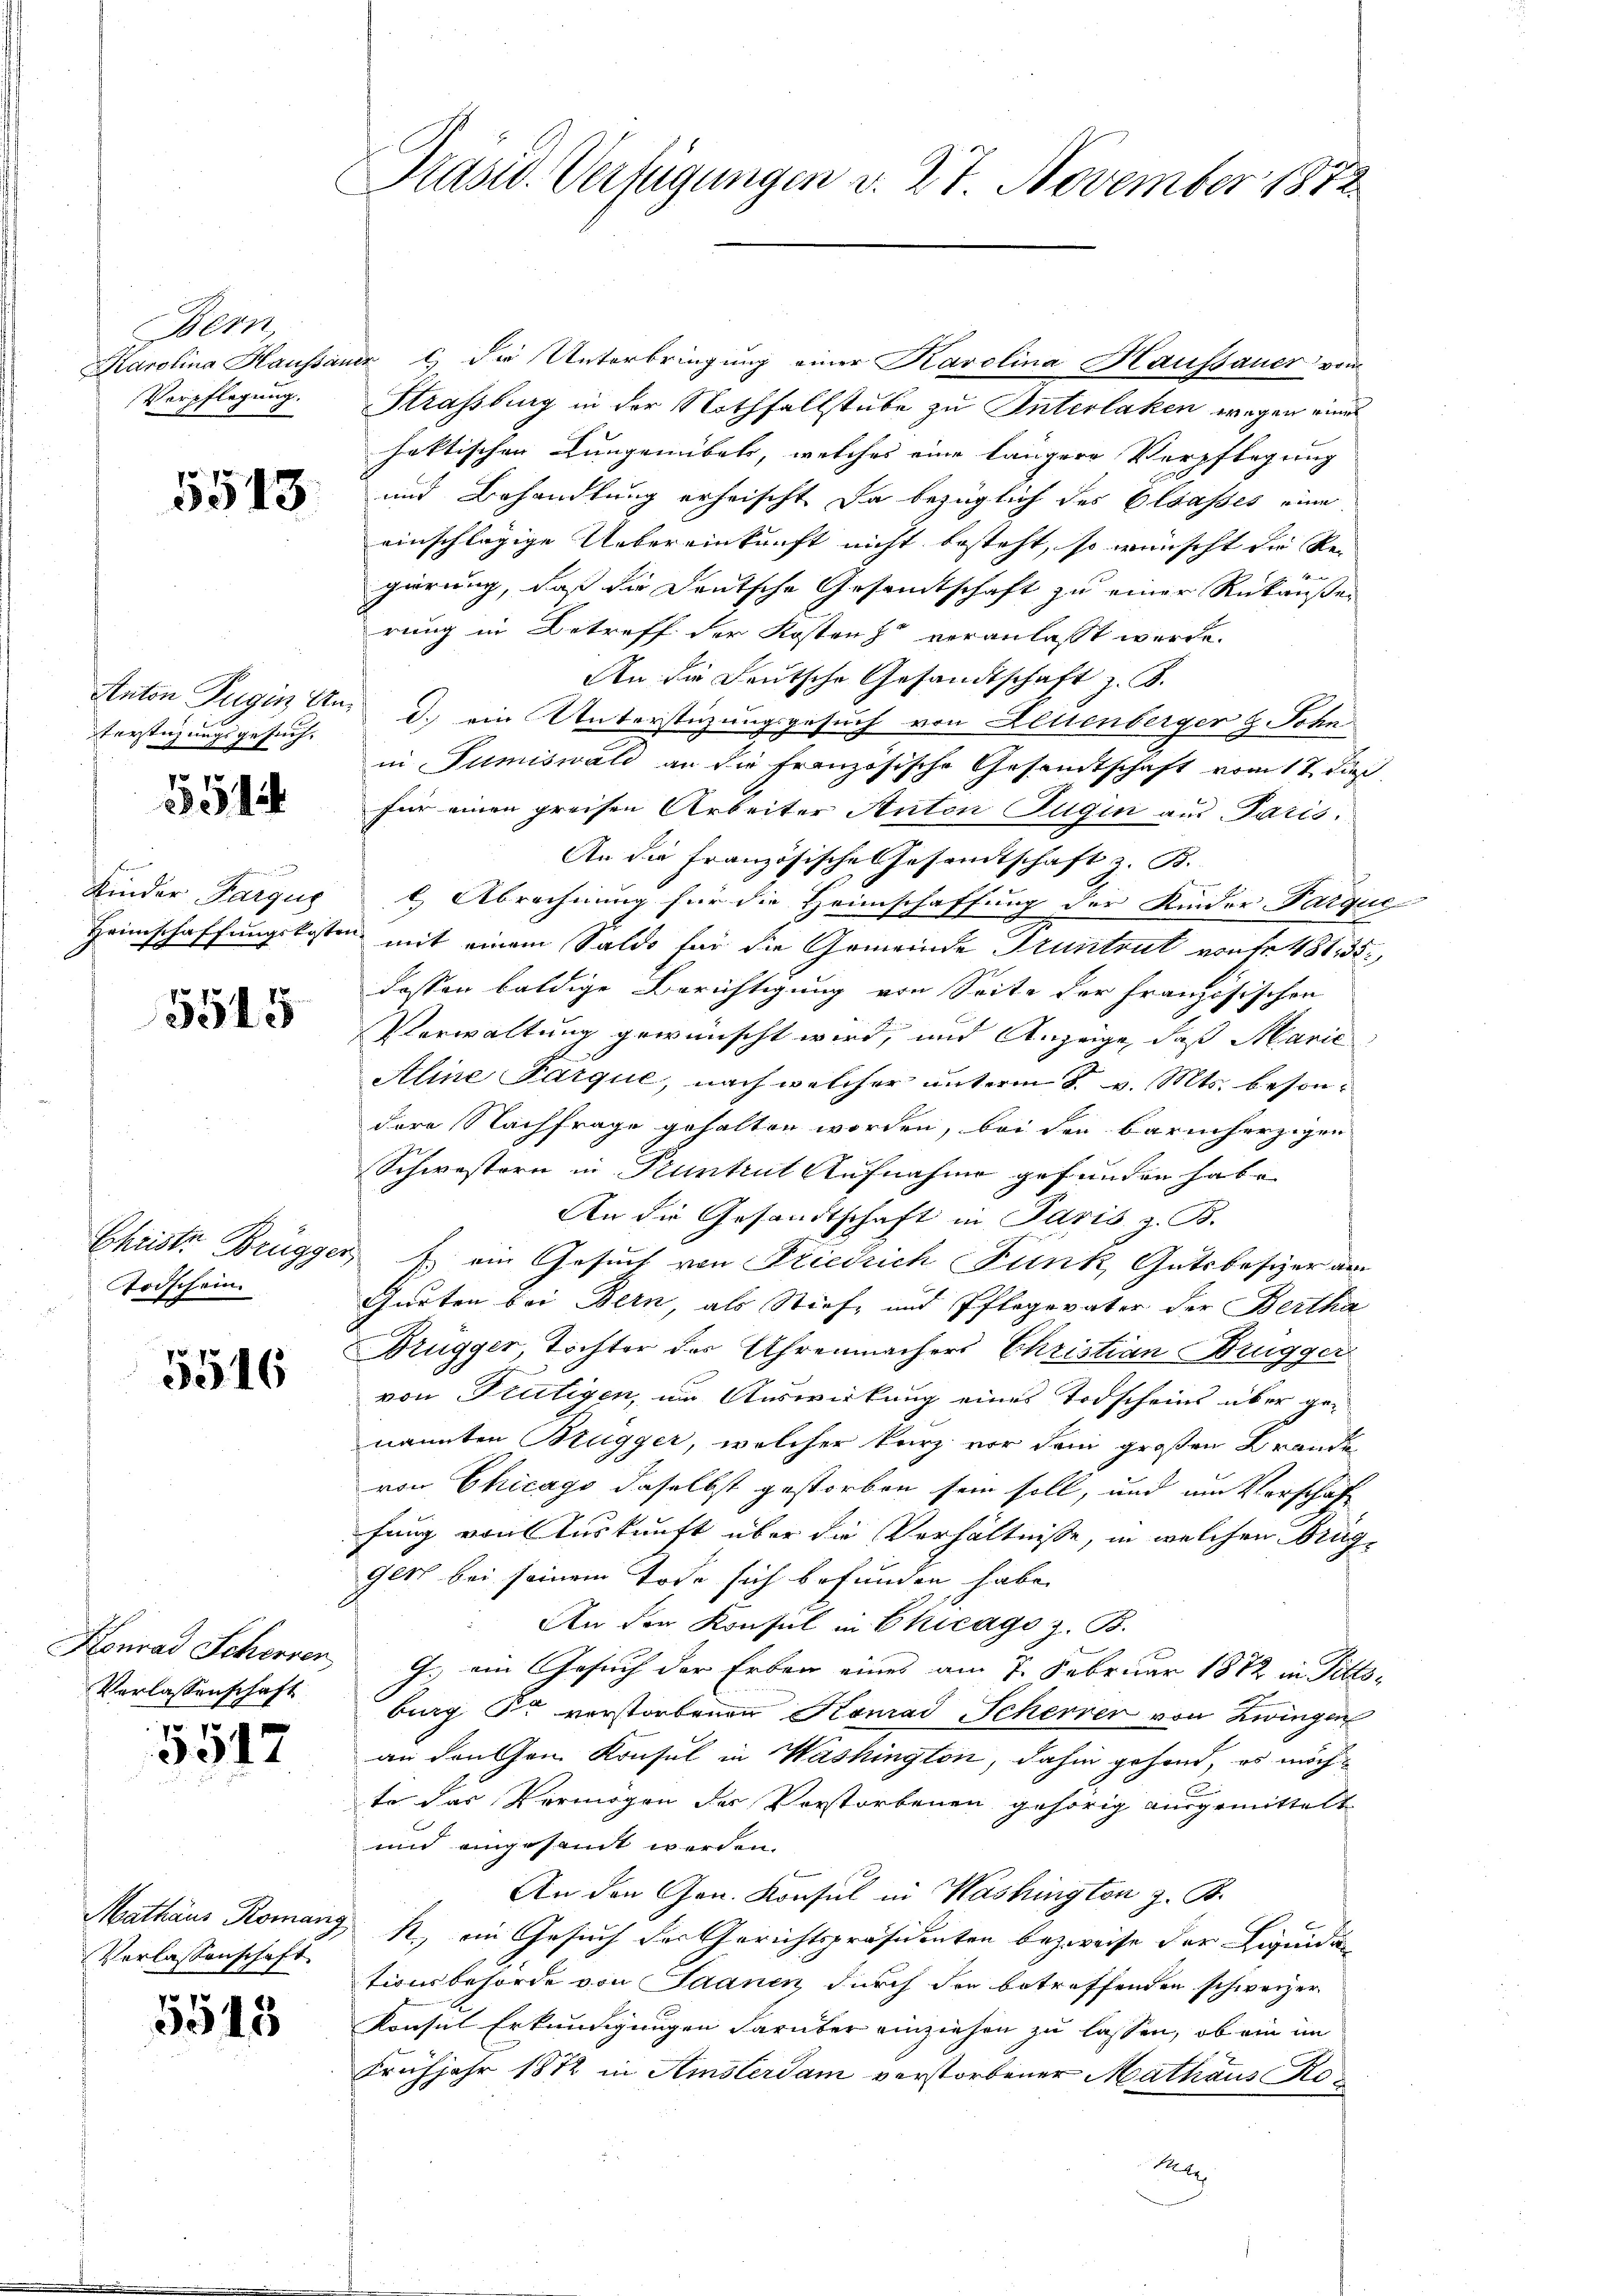
Bern

5513.

terstüzungsgesuch.

551

Kinder Fargue

5545

Ardschein

5516

Verlassenschaft

5512

Verlassenschaft

5515

Präsid. Verfügungen d. 27 November 1872

Karolina Haussauer u. die Unterbringung einer Karolina Haufsauer vom
Verpflegung. Strassburg in der Nothfallstube zu Interlaken wegen eines
faktischen Lungenibels, welches eine längere Verpflegung
und Behandlung erheischt. Da bezüglich des Elsasses eine
einschlägige Uebereinkunft nicht besteht, so wünscht die Re-
gierung, daß die Deutsche Gesandtschaft zu einer Rükäußer
rung in Betreff der Kostenz veranlasst werde.
An die Leutsche Gesandtschaft z. B.
Anton Tugin And.) ein Unterstüzungsgesuch von Leuenberger & Sohn
in Tumiswald an die französische Gesandtschaft vom 17. dieß
für einen preisen Arbeiter Anton Tugin aus Paris.
An die französische Gesandtschaft z. B.
l.) Abrechnung für die Heimschaffung der Kinder-Parque
Heimschaffungskosten, mit einem Saldo für die Gemeinde Truntrut von fr. 481, 35
dossen baldige Berichtigung von Seite der Französischen
Verwaltung gewünscht wird, und Anzeige, daß Marie
Aline Parque, nach welcher unterm 8. v. Mts. besondere Nachfrage gehalten worden, bei den barmherzigen
Schwestern in Pruntrut Aufnahme gefunden habe.
An die Gesandtschaft in Paris z. B.
Christer Brügger 1. ein Gesuch von Friedrich Funk Gutsbesizer am
Gurten bei Bern, als Stiefe und Pflegevater der Bertha
Drügger, Tochter der Uhrenmachers Christian Brugger
von Teutigen, um Auswirkung eines Todscheins über genannten Bugger, welcher kurz vor dem großen Brande
von Chicago daselbst gestorben sein soll, und am Vorschaf
fung von Auskunft über die Verhältnisse, in welchen Brüg¬
Gett bei seinem Tode sich befunden habe.
An der Konsul in Chicago z. B.
Konrad Scherren 9. ein Gesuch der Erben eines am 7. Februar 1872 in Pittsburg der verstorbenen Konrad Scherrer von Zwingen
an danken Konsul in Washington, dahin gehend, es möchte das Vermögen der Vorstorbenen gehörig ausgemittelt
und eingesandt werden.
An den Gen. Konsul in Washington z. B.
Mathäus Romany R., ein Gesuch der Gerichtspräsidenten bezweife der Liquidationsbehörde von Saanen durch der betreffenden schweizer
Konsul Erkundigungen darüber einziehen zu lassen, ob ein im
Frühjahr 1872 in Amsterdam verstorbener Mathaus Ro¬
Ketz